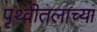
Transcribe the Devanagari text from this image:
पृथ्वीतलाच्या